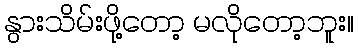
နွားသိမ်းဖို့တော့ မလိုတော့ဘူး။